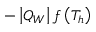
- \left| Q _ { W } \right| f \left( T _ { h } \right)